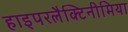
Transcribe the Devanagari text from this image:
हाइपरलैक्टिनीमिया